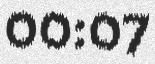
00:07